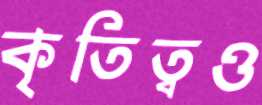
কৃতিত্বও